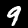
Label: 9